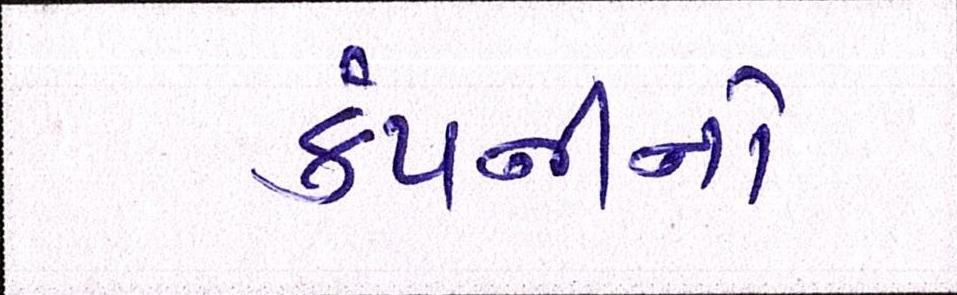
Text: કંપનીનો